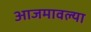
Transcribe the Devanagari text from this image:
आजमावल्या